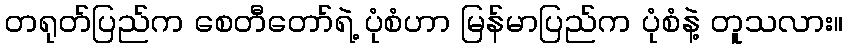
တရုတ်ပြည်က စေတီတော်ရဲ့ ပုံစံဟာ မြန်မာပြည်က ပုံစံနဲ့ တူသလား။